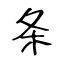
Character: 条